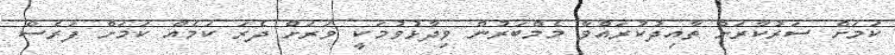
ކަމަށް ސަރުކާރަށް ތާއިދުކުރައްވާ މެމްބަރުން ވިދާޅުވުމަކީ ވަރަށް ދެރަ ކަމެއް ކަމަށް ފަރެސް